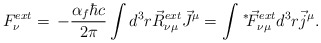
\begin{align*}F_{\nu}^{ext} = \, - \frac{\alpha_f \hbar c}{2 \pi} \int d^3r \vec{R}_{\nu\mu}^{ext} \vec{J}^\mu = \int \hspace{0.5mm}{^*}\hspace{-0.8mm}\vec{F}_{\nu\mu}^{ext} d^3r \vec{j}^\mu .\end{align*}